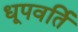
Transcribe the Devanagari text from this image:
धूपवर्ति